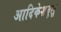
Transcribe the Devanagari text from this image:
आदिकेशवुलू